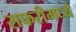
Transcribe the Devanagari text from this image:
सफरीमध्ये